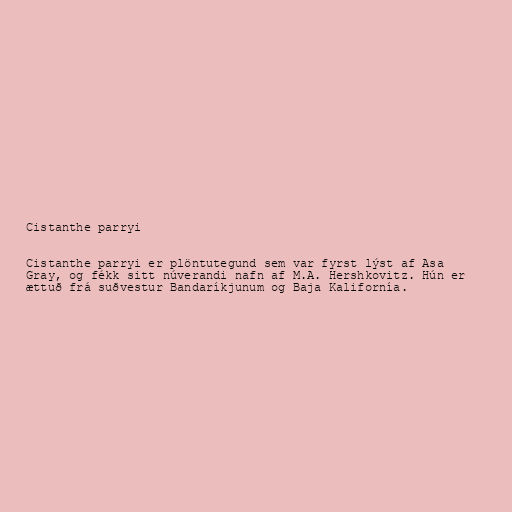
Cistanthe parryi

Cistanthe parryi er plöntutegund sem var fyrst lýst af Asa
Gray, og fékk sitt núverandi nafn af M.A. Hershkovitz. Hún er
ættuð frá suðvestur Bandaríkjunum og Baja Kalifornía.